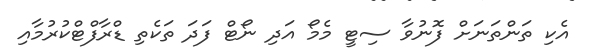
އެކި ތަންތަނަށް ފޮނުވާ ސިޓީ މެމޯ އަދި ނޯޓް ފަދަ ތަކެތި ޑްރާފްޓްކުރުމާއި